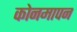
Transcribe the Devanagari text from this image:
कोनमापन